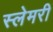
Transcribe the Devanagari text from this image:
स्लेमरी